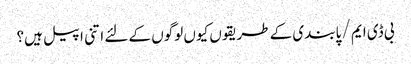
بی ڈی ایم / پابندی کے طریقوں کیوں لوگوں کے لئے اتنی اپیل ہیں؟